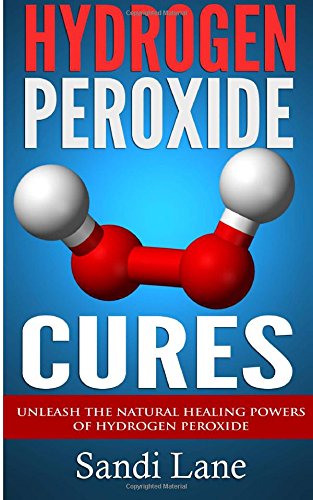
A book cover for Hydrogen Peroxide Cures: Unleash the Natural Healing Powers of Hydrogen Peroxide; Sandi Lane; Crafts, Hobbies & Home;